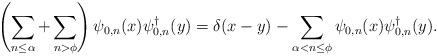
LaTeX: \begin{align*}\left(\sum_{n\leq\alpha}+\sum_{n>\phi}\right) \psi_{0,n}(x)\psi_{0,n}^{\dagger}(y)=\delta(x-y)-\sum_{\alpha<n\leq\phi} \psi_{0,n}(x)\psi_{0,n}^{\dagger}(y).\end{align*}